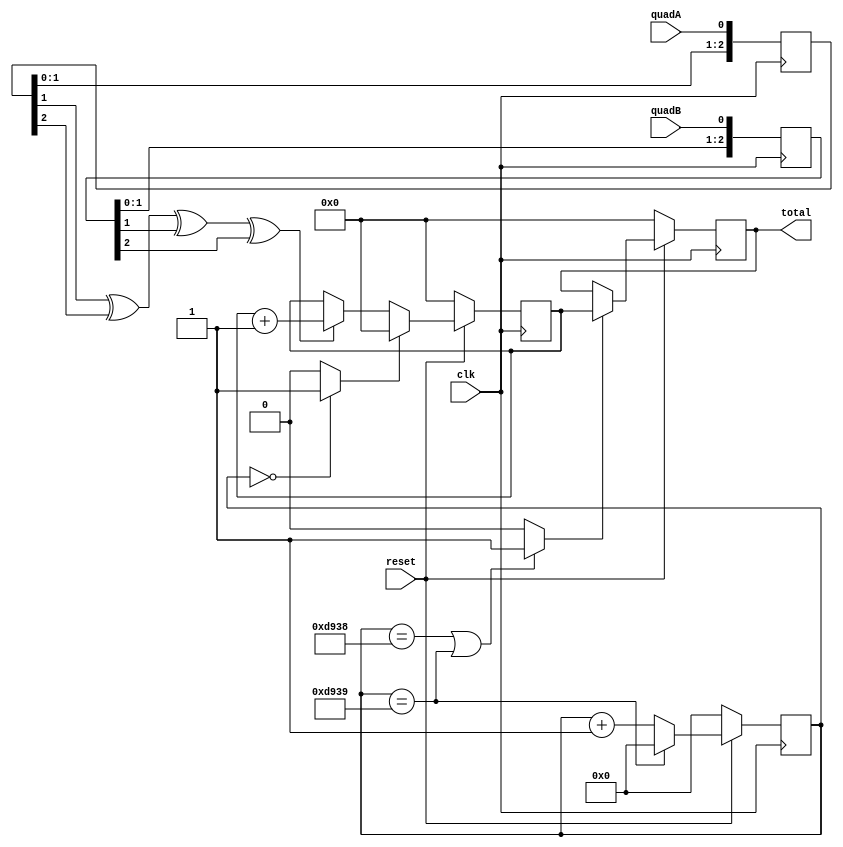
`timescale 1ns / 1ps
//----------------------------------------------------------------------------------
// calculating speed of motor using encoder after fixed time interval
// if direction changes in between time interval total still increses
//----------------------------------------------------------------------------------

module decoder(clk, quadA, quadB, reset, total);
input clk, quadA, quadB, reset;
output [7:0]total;
//output direction;

reg [7:0] count;
reg [7:0] total;
//reg direction;
reg [2:0] quadA_delayed, quadB_delayed;
always @(posedge clk) quadA_delayed <= {quadA_delayed[1:0], quadA};
always @(posedge clk) quadB_delayed <= {quadB_delayed[1:0], quadB};

wire count_enable = quadA_delayed[1] ^ quadA_delayed[2] ^ quadB_delayed[1] ^ quadB_delayed[2];
//wire count_direction = quadA_delayed[1] ^ quadB_delayed[2];

	 reg [17:0] ticker ;
	 wire click1 ;
	 wire click2 ;
	
always @ (posedge clk)
	begin
	 if(!reset)
		ticker <= 0;
	 else if(ticker == 55609) 								//if it reaches the desired max value reset it
		ticker <= 0;
	 else 
		ticker <= ticker + 1;
	end
assign click1 = ((ticker == 55608)||(ticker == 55609) ? 1'b1 : 1'b0); //click to be assigned high every 1.5ms
assign click2 = ((ticker == 0) ? 1'b1 : 1'b0 ) ; 	 //click to be assigned high every 1.5ms

always @ (posedge clk)
	begin
	 if(!reset)			total <= 0 ;
	 else if(click1)	total <= count ;
	end

always @ (posedge clk)
	if(!reset)			count <= 0;
	else if(click2)	count <= 8'b0 ;
	else
begin
  if(count_enable)
  begin
	 count <= count+1;
    //direction <= count_direction;
  end
end

endmodule